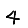
Digit: 4